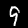
Digit: 9